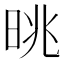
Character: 晀